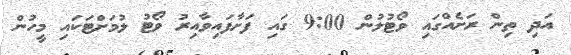
އަދި ތިން ރަށެއްގައި ވޯޓުލުން 9:00 ގައި ފަށާފައިވާއިރު ވޯޓު ލުމަށްޓަކައި މީހުން